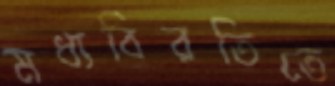
মধ্যবিরতিতে